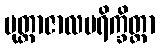
မုတ္တာဇာလပရိက္ခိတ္တာ